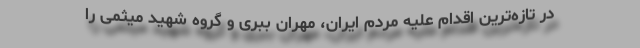
در تازه‌ترین اقدام علیه مردم ایران، مهران ببری و گروه شهید میثمی را